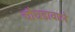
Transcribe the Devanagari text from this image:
चौघडावाले